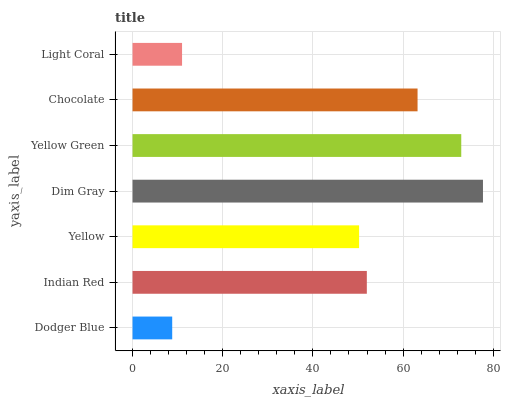
| yaxis_label | bars |
 | --- | --- |
 | Dodger Blue | 8.8 |
 | Indian Red | 52 |
 | Yellow | 50.2 |
 | Dim Gray | 77.7 |
 | Yellow Green | 72.9 |
 | Chocolate | 63.2 |
 | Light Coral | 11 |